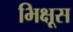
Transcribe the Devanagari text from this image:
भिक्षूस